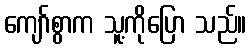
ကျော်စွာက သူ့ကိုပြော သည်။